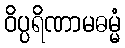
ဝိပ္ပရိဏာမဓမ္မံ